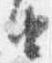
由